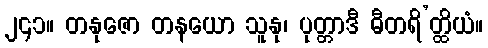
၂၄၁။ တနုဇော တနယော သူနု၊ ပုတ္တာဒီ ဓီတရိ’တ္ထိယံ။